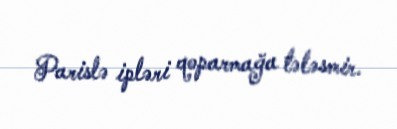
Parislə ipləri qoparmağa tələsmir.